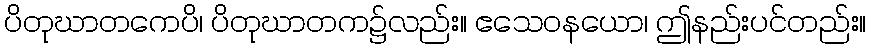
ပိတုဃာတကေပိ၊ ပိတုဃာတက၌လည်း။ ဧသေဝနယော၊ ဤနည်းပင်တည်း။